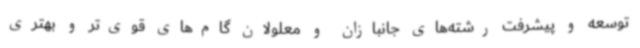
توسعه و پیشرفت رشته‌های جانبازان و معلولان گام‌های قوی‌تر و بهتری